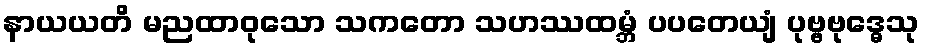
နာယယတိ မညထာဝုသော သကတော သဟဿထမ္ဘံ ပပတေယျံ ပုဗ္ဗဗုဒ္ဓေသု